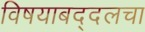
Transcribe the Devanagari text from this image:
विषयाबद्दलचा